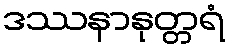
ဒဿနာနုတ္တရံ